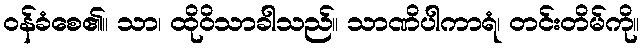
ဝန်ခံစေ၏။ သာ၊ ထိုဝိသာခါသည်။ သာဏိပါကာရံ၊ တင်းတိမ်ကို။